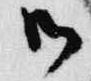
御